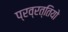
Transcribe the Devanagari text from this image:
प्रव्रत्तियो